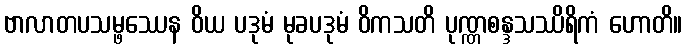
ဗာလာတပသမ္ဖဿေန ဝိယ ပဒုမံ မုခပဒုမံ ဝိကသတိ ပုဏ္ဏစန္ဒသဿိရိကံ ဟောတိ။